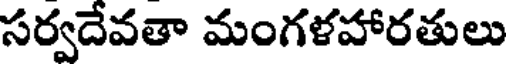
సర్వదేవతా మంగళహారతులు